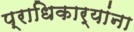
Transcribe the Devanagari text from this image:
प्राधिकार्यांना